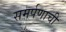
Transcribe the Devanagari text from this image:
समर्पणाची